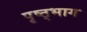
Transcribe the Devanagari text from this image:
पृष्ठ्भाग